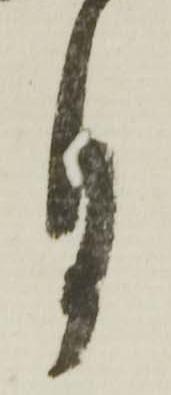
月